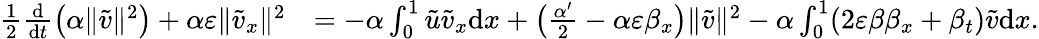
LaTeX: \begin{array}{rl}{\frac 12\frac{\mathrm{d}}{\mathrm{d}t}\left(\alpha\| \tilde{v}\| ^{2}\right)+\alpha\varepsilon\| \tilde{v}_{x}\| ^{2}}&{=-\alpha\int_{0}^{1}\tilde{u}\tilde{v}_{x}\mathrm{d}x+\big(\frac{\alpha^{\prime}}{2}-\alpha\varepsilon\beta_{x}\big)\| \tilde{v}\| ^{2}-\alpha\int_{0}^{1}(2\varepsilon\beta\beta_{x}+\beta_{t})\tilde{v}\mathrm{d}x.}\end{array}